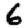
Digit: 6